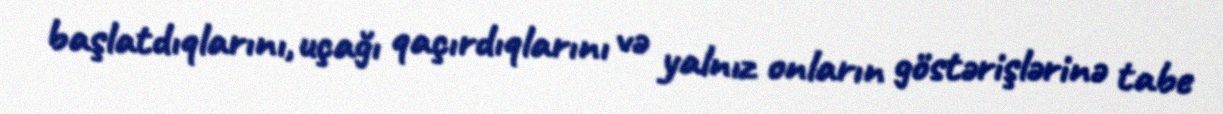
başlatdıqlarını, uçağı qaçırdıqlarını və yalnız onların göstərişlərinə tabe